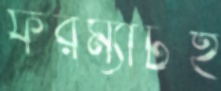
ফরম্যাটই